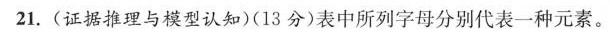
21.(证据推理与模型认知)(13分)表中所列字母分别代表一种元素。